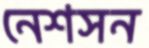
নেশসন